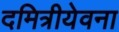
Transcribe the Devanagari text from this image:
दमित्रीयेवना